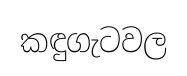
කඳුගැටවල